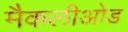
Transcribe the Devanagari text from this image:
मैकलीओड